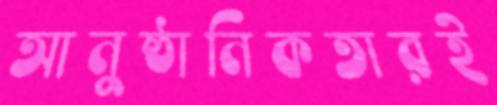
আনুষ্ঠানিকতারই